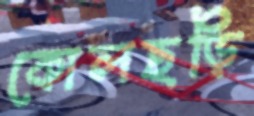
কোলছড়ি